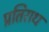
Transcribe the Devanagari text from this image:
प्रतिराध